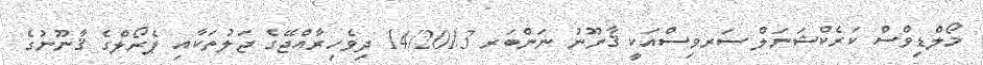
މޯލްޑިވްސް ކަރެކްޝަނަލް ސަރވިސްއަކީ ޤާނޫނު ނަންބަރ 14/2013 ދިވެހިރާއްޖޭގެ ޖަލުތަކާއި ޕެރޯލްގެ ޤާނޫނުގެ